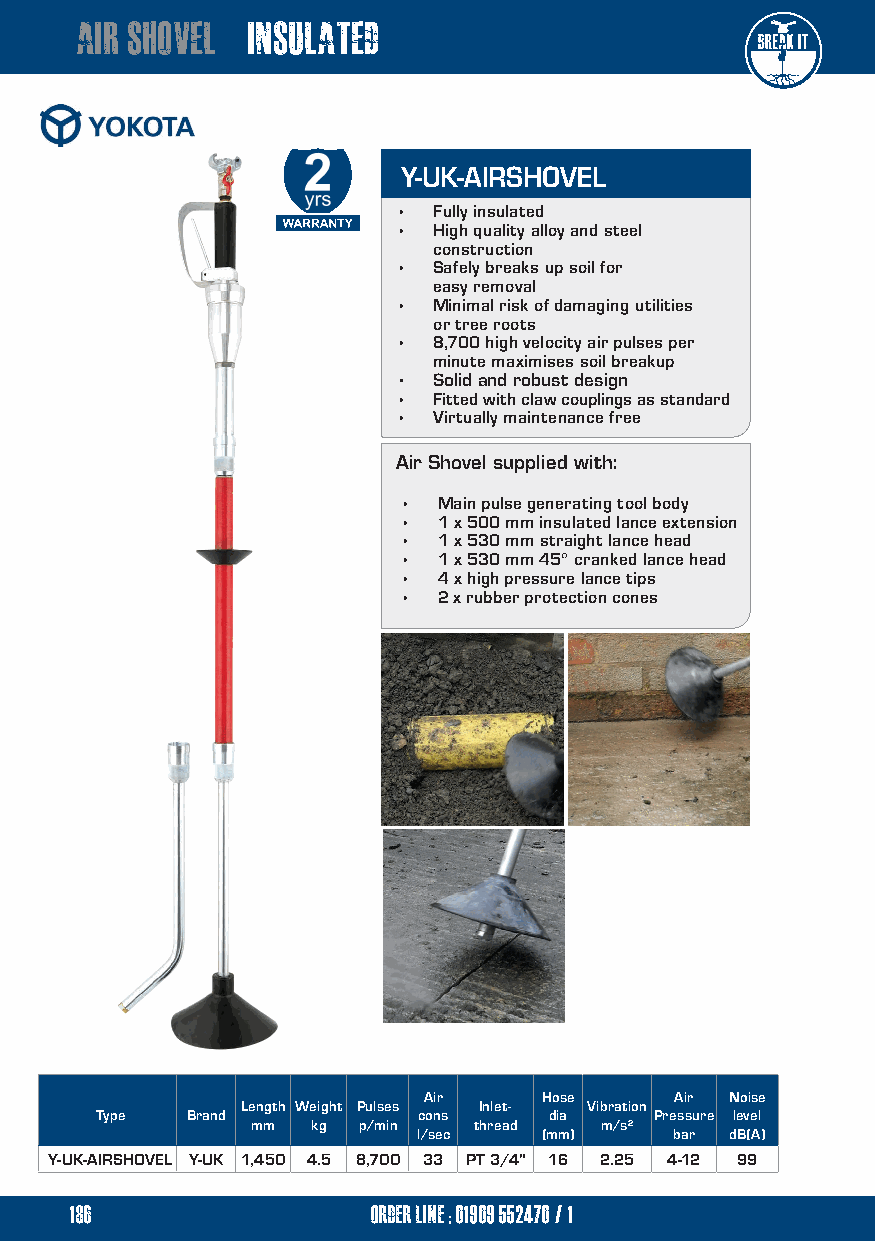
air shovel insulated
 Y-UK-AIRSHOVEL
 •  Fully insulated
 •  High quality alloy and steel
 construction
 •  Safely breaks up soil for
 easy removal
 •  Minimal risk of damaging utilities
 or tree roots
 •  8,700 high velocity air pulses per
 minute maximises soil breakup
 •  Solid and robust design
 •  Fitted with claw couplings as standard
 •  Virtually maintenance free
 Air Shovel supplied with:
 •  Main pulse generating tool body
 •  1 x 500 mm insulated lance extension
 •  1 x 530 mm straight lance head
 •  1 x 530 mm 45° cranked lance head
 •  4 x high pressure lance tips
 •  2 x rubber protection cones
 needle        scalers
 Air     Hose     Air Noise
 Length Weight Pulses Inlet- Vibration
 Type  Brand           cons    dia    Pressure level
 mm  kg p/min  thread   m/s²
 l/sec   (mm)     bar dB(A)
 Y-UK-AIRSHOVEL Y-UK 1,450 4.5 8,700 33 PT 3/4" 16 2.25 4-12 99
 186                 order line ; 01909 552470/1